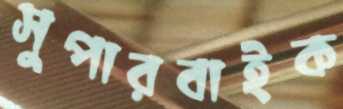
সুপারবাইক